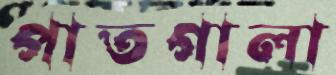
পাতগালা